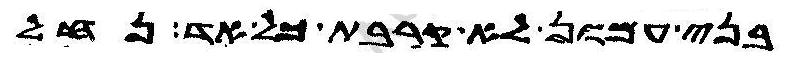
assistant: בני עמון לא קרבת כל אד נחל